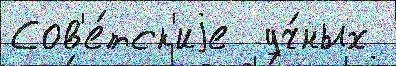
Сов'е́тск'иjе  уч́ных